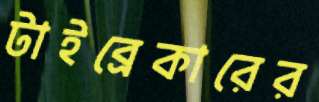
টাইব্রেকারের